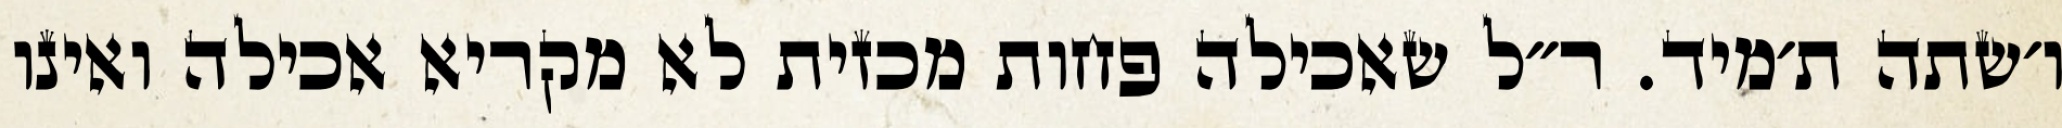
ו׳שתה ת׳מיד. ר״ל שאכילה פחות מכזית לא מקריא אכילה ואינו